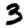
Digit: 3